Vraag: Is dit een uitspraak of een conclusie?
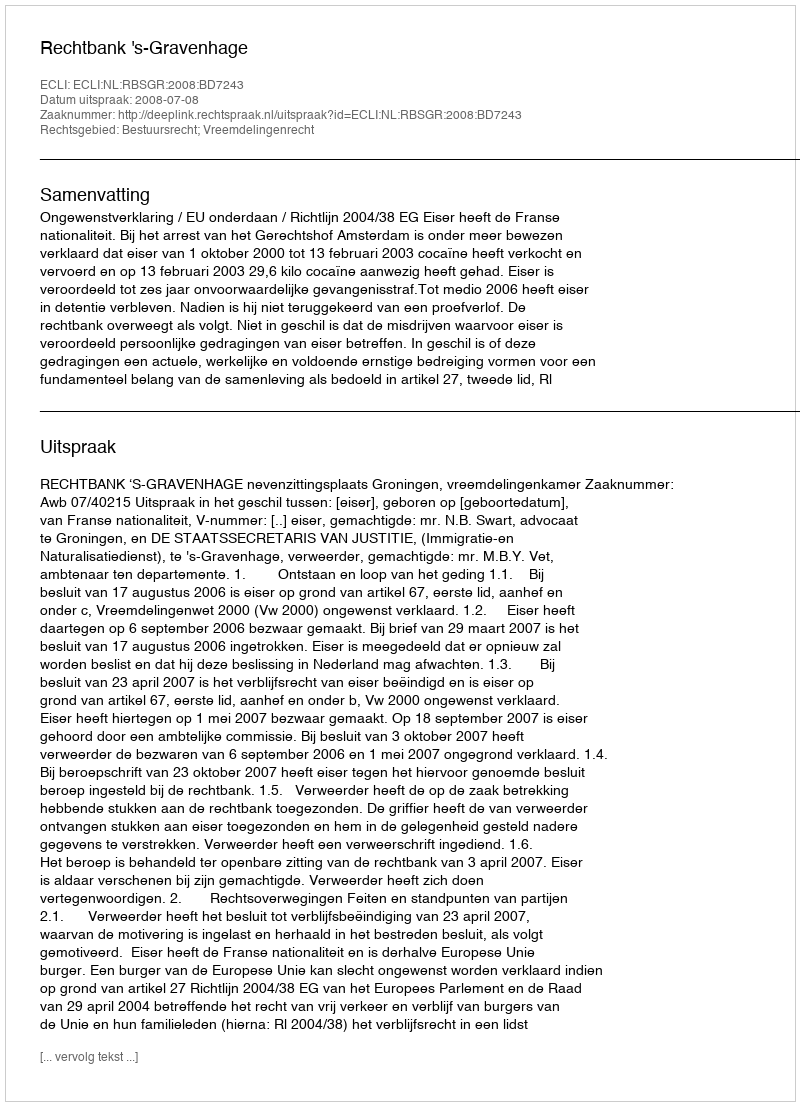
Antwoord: Uitspraak